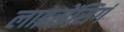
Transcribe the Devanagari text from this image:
लाइसेंसिगं